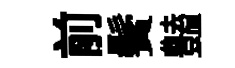
前鬢𧰟